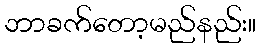
ဘာခက်တော့မည်နည်း။